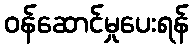
ဝန်ဆောင်မှုပေးရန်